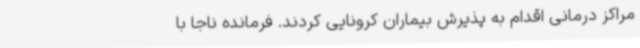
مراکز درمانی اقدام به پذیرش بیماران کرونایی کردند. فرمانده ناجا با